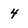
Character: 4